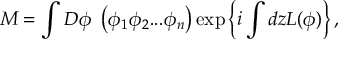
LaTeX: M = \int D \phi \ \left( \phi _ { 1 } \phi _ { 2 } . . . \phi _ { n } \right) \exp \left\{ i \int d z L ( \phi ) \right\} ,